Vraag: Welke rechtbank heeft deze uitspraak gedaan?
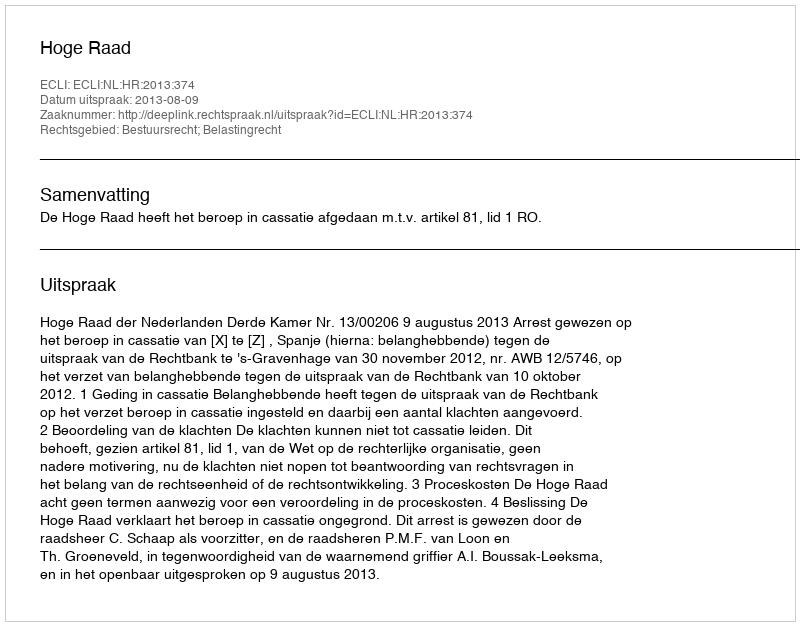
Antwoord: Hoge Raad